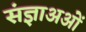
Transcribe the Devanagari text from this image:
संज्ञाअओं